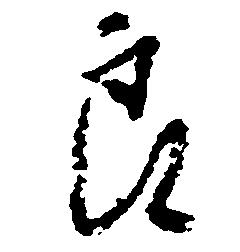
郎